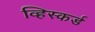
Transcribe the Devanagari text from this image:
व्हिस्कर्ड